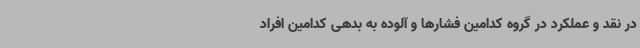
در نقد و عملکرد در گروه کدامین فشارها و آلوده به بدهی کدامین افراد